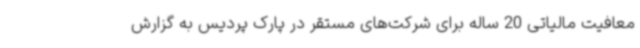
معافیت مالیاتی 20 ساله برای شرکت‌های مستقر در پارک پردیس به گزارش